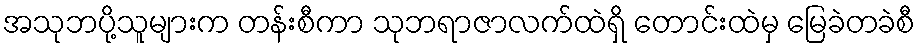
အသုဘပို့သူများက တန်းစီကာ သုဘရာဇာလက်ထဲရှိ တောင်းထဲမှ မြေခဲတခဲစီ